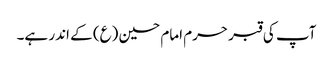
آپ کی قبر حرم امام حسین (ع) کے اندر ہے۔